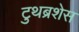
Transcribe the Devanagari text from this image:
टुथब्रशेस